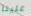
علينا